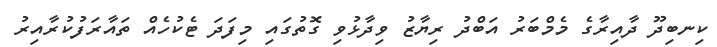
ކިނބިދޫ ދާއިރާގެ މެމްބަރު އަބްދު ރިޔާޒު ވިދާޅުވި ގޮތުގައި މިފަދަ ޓެކުހެއް ތައާރަފުކުރާއިރު